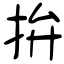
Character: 拚